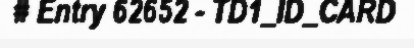
# Entry 62652 - TD1_ID_CARD